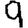
Digit: 9